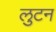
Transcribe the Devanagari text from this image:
लुटन